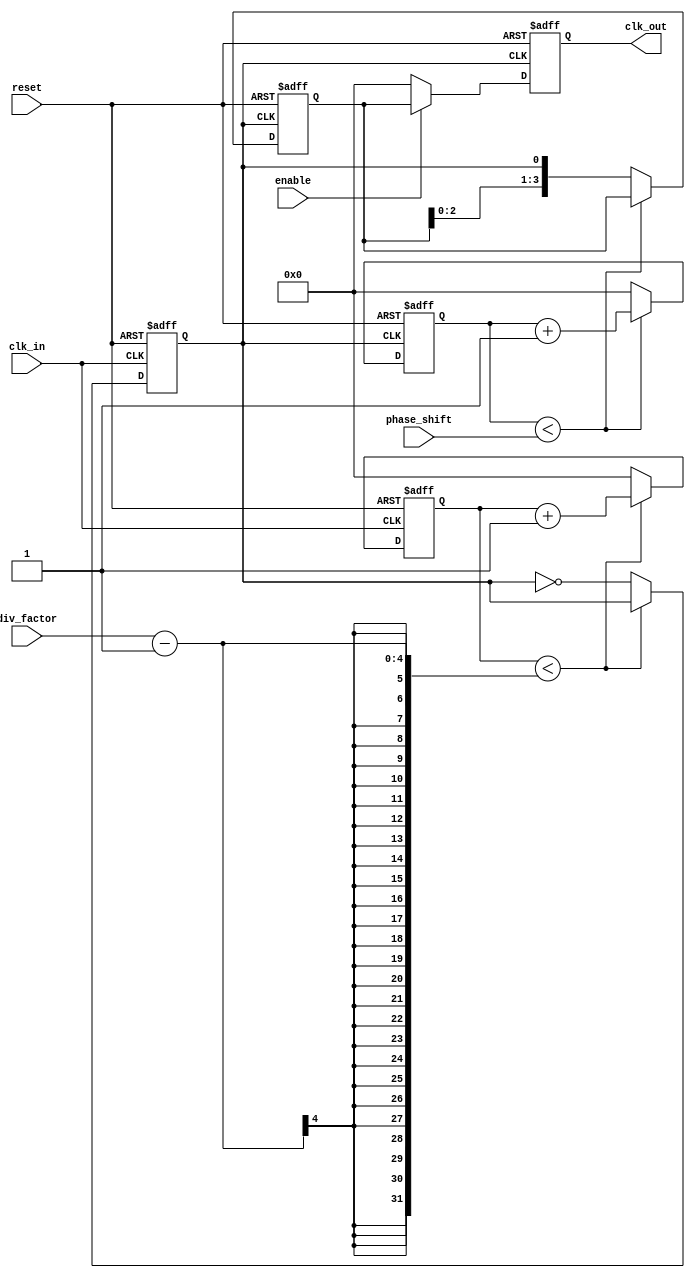
module ProgrammableClockBuffer (
    input wire clk_in,                // Input clock signal
    input wire [3:0] div_factor,      // Programmable division factor (1 to 16)
    input wire [3:0] phase_shift,     // Programmable phase shift (in clock cycles)
    input wire enable,                // Enable signal for output
    input wire reset,                 // Reset signal
    output reg [3:0] clk_out          // Multiple output clock signals (4 outputs)
);

    // Internal signals
    reg [3:0] clk_div_counter;        // Counter for clock division
    reg [3:0] phase_counter;          // Counter for phase adjustment
    reg clk_div;                      // Divided clock signal
    reg [3:0] clk_out_temp;           // Temporary output clock signals

    // Clock division logic
    always @(posedge clk_in or posedge reset) begin
        if (reset) begin
            clk_div_counter <= 0;
            clk_div <= 0;
        end else begin
            if (clk_div_counter < (div_factor - 1)) begin
                clk_div_counter <= clk_div_counter + 1;
            end else begin
                clk_div_counter <= 0;
                clk_div <= ~clk_div; // Toggle divided clock
            end
        end
    end

    // Phase adjustment logic
    always @(posedge clk_div or posedge reset) begin
        if (reset) begin
            phase_counter <= 0;
            clk_out_temp <= 4'b0000; // Reset output clocks
        end else begin
            if (phase_counter < phase_shift) begin
                phase_counter <= phase_counter + 1;
            end else begin
                phase_counter <= 0;
                clk_out_temp <= {clk_out_temp[2:0], clk_div}; // Shift the clock for phase adjustment
            end
        end
    end

    // Output enable/disable logic
    always @(posedge clk_div or posedge reset) begin
        if (reset) begin
            clk_out <= 4'b0000; // Reset output clocks
        end else if (enable) begin
            clk_out <= clk_out_temp; // Pass the adjusted clock to output
        end else begin
            clk_out <= 4'b0000; // Disable output clocks
        end
    end

endmodule